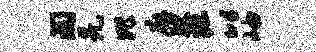
淘羌比廨腴掘以岫